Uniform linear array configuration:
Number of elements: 4
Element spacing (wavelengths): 0.75
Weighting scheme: hann
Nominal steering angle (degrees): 60
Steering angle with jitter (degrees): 60.801
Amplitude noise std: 0.05
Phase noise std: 0.05

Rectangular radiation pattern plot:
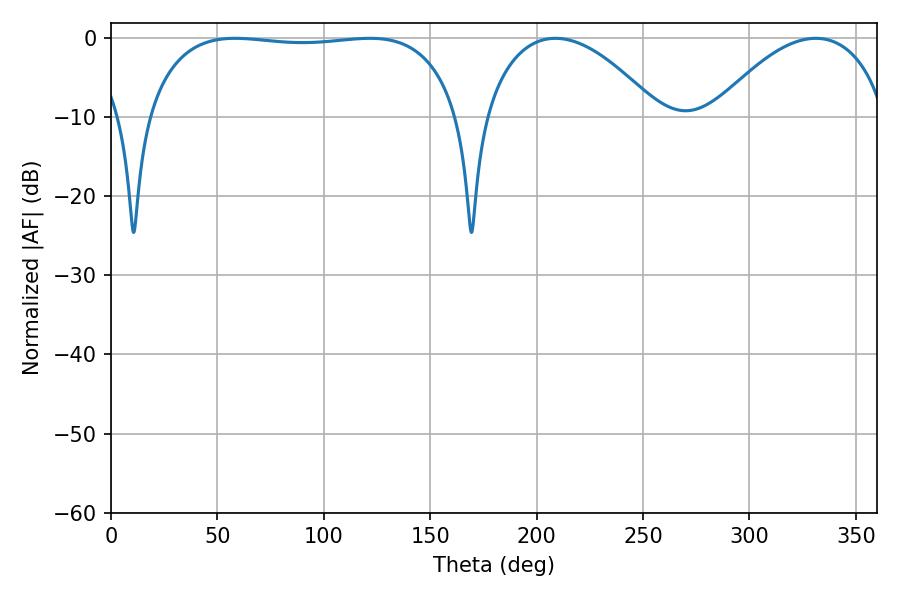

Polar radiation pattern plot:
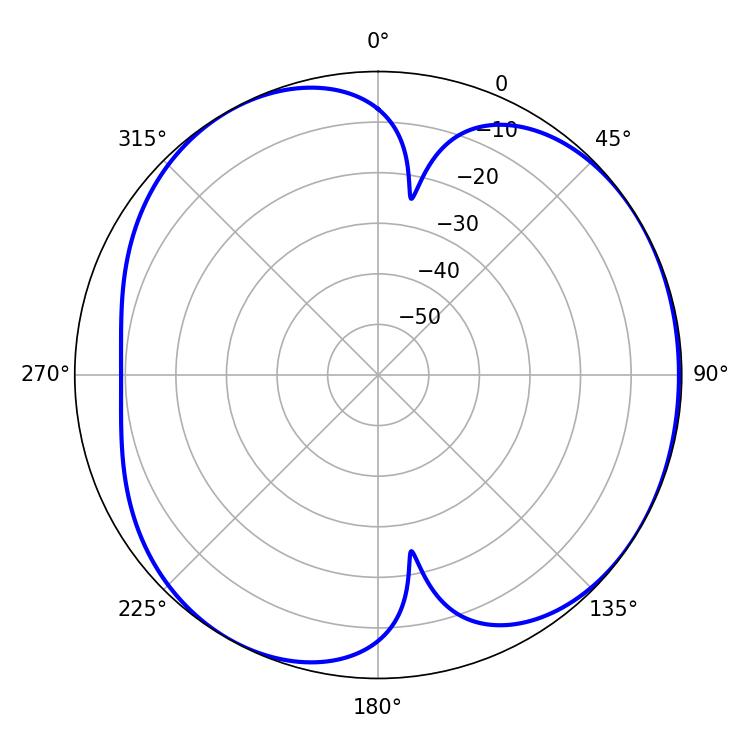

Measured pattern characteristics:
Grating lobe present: TRUE
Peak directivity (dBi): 4.727
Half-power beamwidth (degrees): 117.72
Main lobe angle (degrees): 58.32